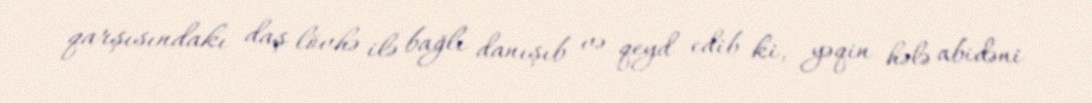
qarşısındakı daş lövhə ilə bağlı danışıb və qeyd edib ki, yəqin hələ abidəni